Civil Veterinary Department. Madras. Admin. report 1926-33 - 1926-1933
Year: 1926
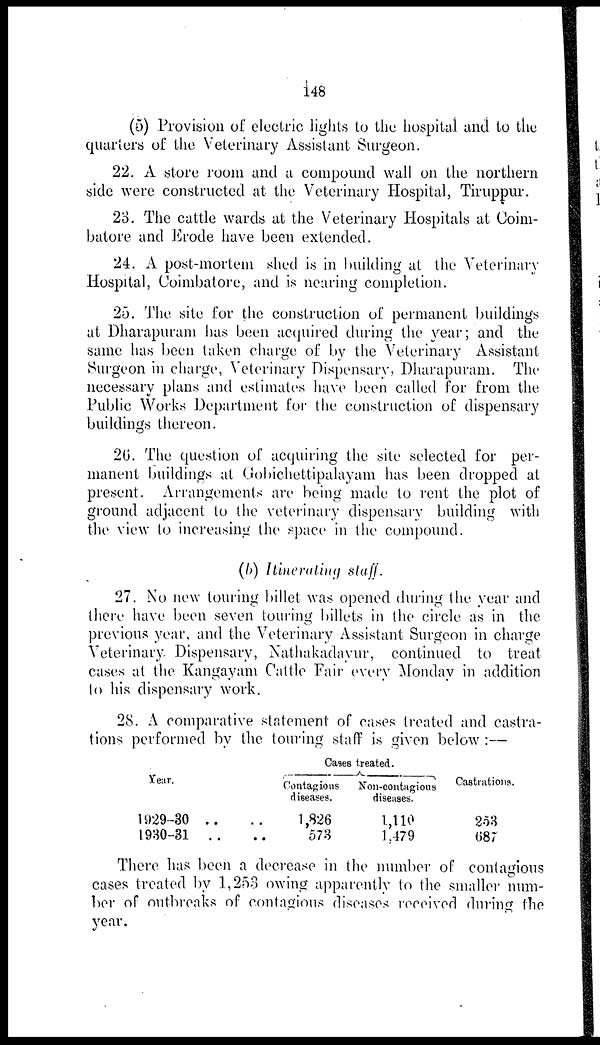
148
(5) Provision of electric lights to the hospital and to the
quarters of the Veterinary Assistant Surgeon.
22. A store room and a compound wall on the northern
side were constructed at the Veterinary Hospital, Tiruppur.
23. The cattle wards at the Veterinary Hospitals at Coim-
batore and Erode have been extended.
24. A post-mortem shed is in building at the Veterinary
Hospital, Coimbatore, and is nearing completion.
25. The site for the construction of permanent buildings
at Dharapuram has been acquired during the year; and the
same has been taken charge of by the Veterinary Assistant
Surgeon in charge, Veterinary Dispensary, Dharapuram. The
necessary plans and estimates have been called for from the
Public Works Department for the construction of dispensary
buildings thereon.
26. The question of acquiring the site selected for per-
manent buildings at Gobichettipalayam has been dropped at
present. Arrangements are being made to rent the plot of
ground adjacent to the veterinary dispensary building with
the view to increasing the space in the compound.
(b) Itinerating staff.
27. No new touring billet was opened during the year and
there have been seven touring billets in the circle as in the
previous year, and the Veterinary Assistant Surgeon in charge
Veterinary. Dispensary, Nathakadayur, continued to treat
cases at the Kangayam Cattle Fair every Monday in addition
to his dispensary work.
28. A comparative statement of cases treated and castra-
tions performed by the touring staff is given below:—
Year.
1929-30 ..
1930-31 ..
Cases treated.
Contagious
diseases.
1,826
578
Non-contagious
diseases.
1,110
1,479
Castrations.
253
687
There has been a decrease in the number of contagious
cases treated by 1,253 owing apparently to the smaller num-
ber of outbreaks of contagious diseases received during the
year.